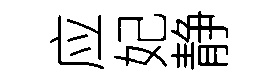
应妃静